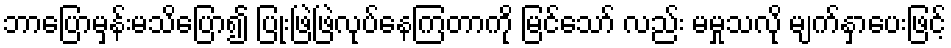
ဘာပြောမှန်းမသိပြော၍ ပြုံးဖြဲဖြဲလုပ်နေကြတာကို မြင်သော် လည်း မမှုသလို မျက်နှာပေးဖြင့်